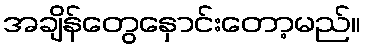
အချိန်တွေနှောင်းတော့မည်။